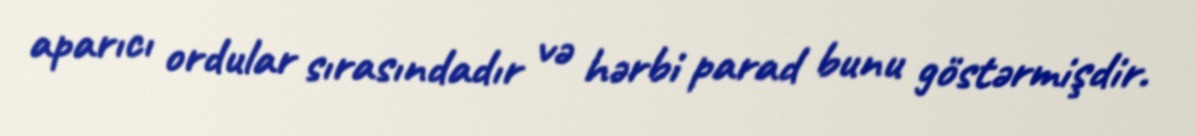
aparıcı ordular sırasındadır və hərbi parad bunu göstərmişdir.